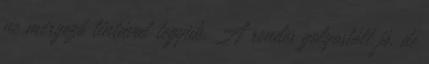
ne mérgező tintával tegyük. A rendes golyostóll jó, de